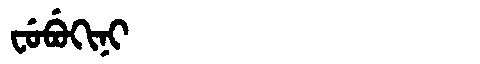
Manchu: ᠸᡠᠪᡠᡴᡳᠨᡳ
Romanization: FUBUKINI